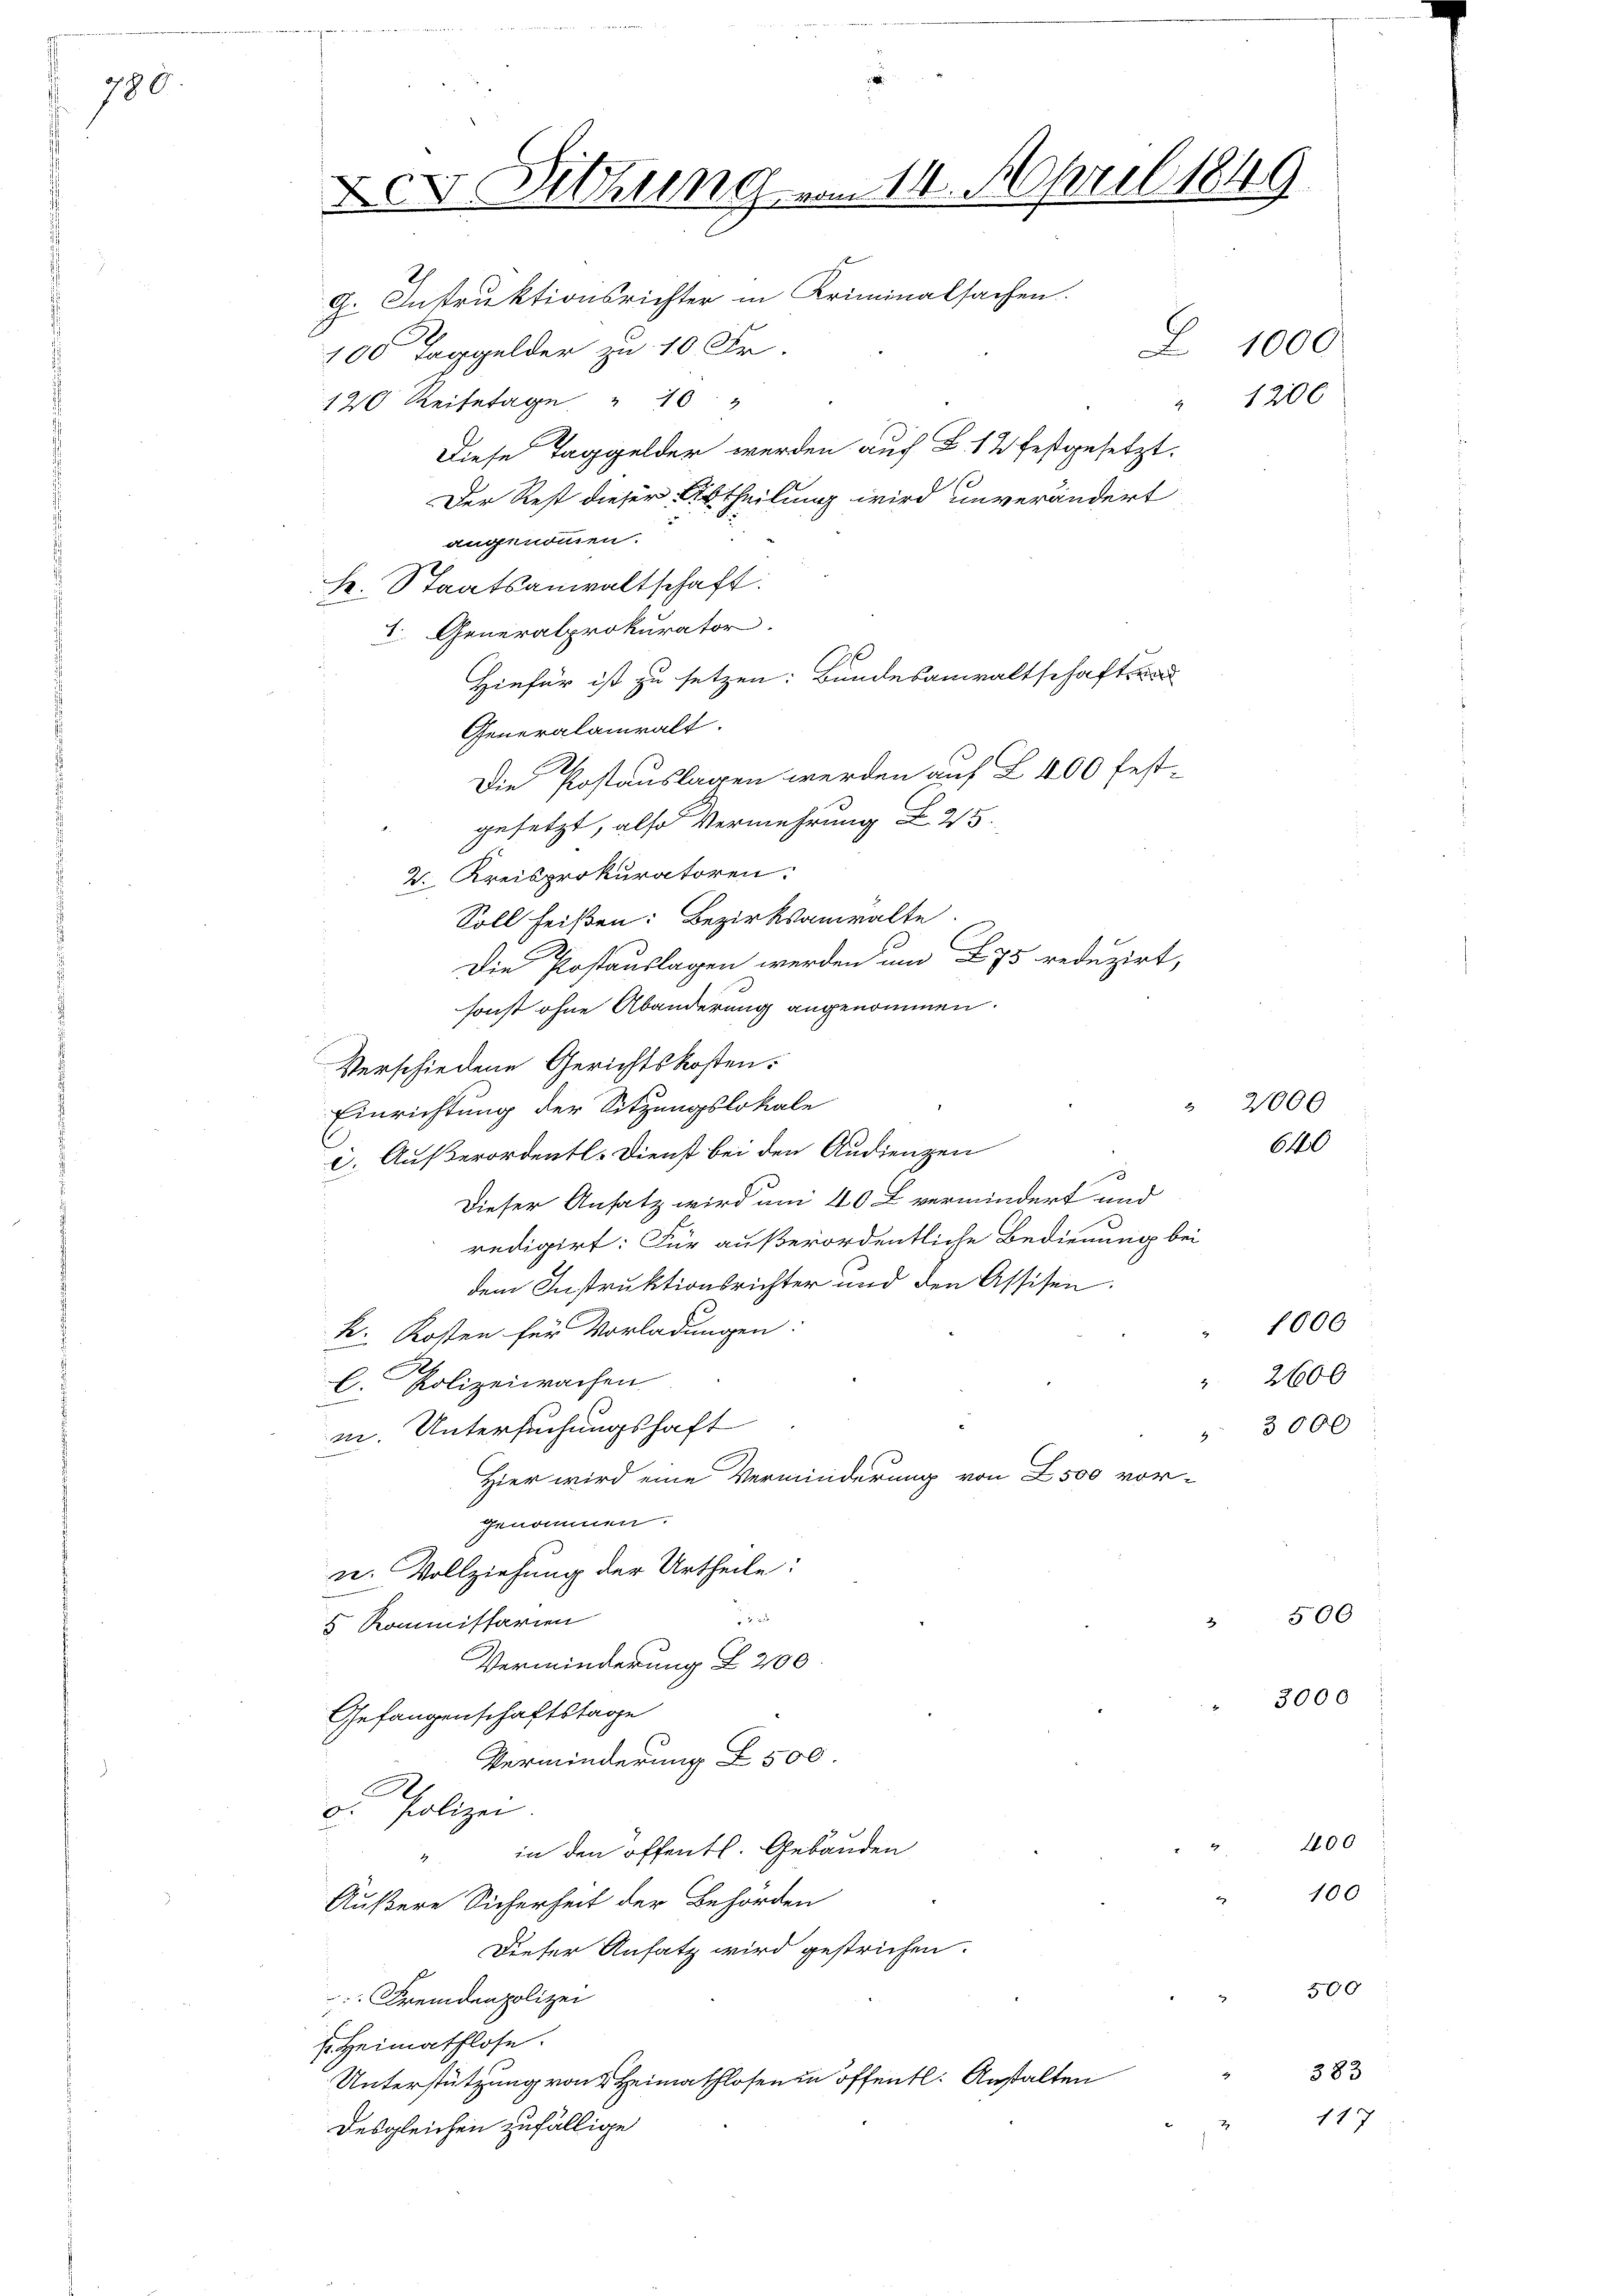
780

od. Sitzung vom 14. April 1849
G. Instruktionsrichter in Kriminalsachen.
L 1000.
100 Taggelder zu 10 Fr.

12 Reisetage " 10
Diese Taggelder werden auch B. 12 festgesetzt.
Der Rest dieser Abtheilung wird unverändert
angenommen.
k. Staatsanwaltschaft:
1. Generalprokurator.
Hiefür ist zu setzen: Bundesanwaltschaften
Generalanwalt.
2.
Die Postauslagen werden auf L 400 festgesetzt, also Vermehrung 25.
2. Kreisprokuratoren:
Soll heißen: Bezirksanwalte.
Die Postauslagen werden um 275 reduzirt,
sonst ohne Abänderung angenommen.
Verschiedene Gerichtskosten.
Einrichtung der Sitzungslokale
c. Außerordentl. Dienst bei den Audienzen
3
Dieser Ansatz wird um 40 L vermindert und
redigirt: Für außerordentliche Bedienung bei
dem Instruktionsrichter und den Assisen.
k. Kosten für Vorladungen.
.
l. Polizeiwachen
m. Untersuchungshaft
.
Hier wird eine Verminderung von L 500 vorenommen.
n. Vollziehung der Urtheile:

.
5 Kommissarien
Verminderung § 200.
Gefangenschaftstage
Verminderung Z 500
A
o. Polizei
in den öffentl. Gebäuden
4
Äußere Sicherheit der Behörden
Dieser Ansatz wird gestrichen.
Fremdenpolizei
s. Heimathlose.
Unterstützung von 4 Heimathlosen in öffentl. Anstalten
Desgleichen zufällige

1200

2000

640

1000
2600
3000

3000

500

400
100

500

117

383